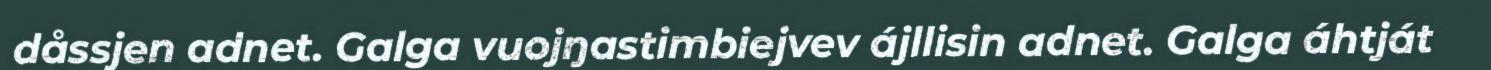
dåssjen adnet. Galga vuojŋastimbiejvev ájllisin adnet. Galga áhtját